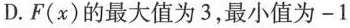
D.F(x)的最大值为3，最小值为-1